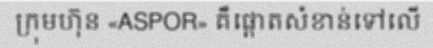
ក្រុមហ៊ុន «ASPOR» គឺផ្តោតសំខាន់ទៅលើ